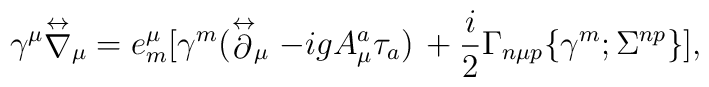
\gamma^\mu{\stackrel{\leftrightarrow}{\nabla}}_\mu =e^\mu_m[\gamma^m(\stackrel{\leftrightarrow}{\partial}_\mu -igA^a_\mu\tau_a)\,+{i\over2} \Gamma_{n\mu p}\{\gamma^m;\Sigma^{np}\}],